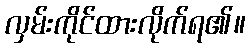
လှမ်းကိုင်ထားလိုက်ရ၏။